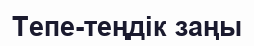
Тепе-теңдік заңы